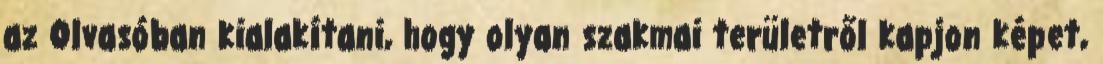
az Olvasóban kialakítani, hogy olyan szakmai területről kapjon képet,